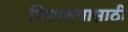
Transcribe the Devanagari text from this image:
विद्यालयासाठी